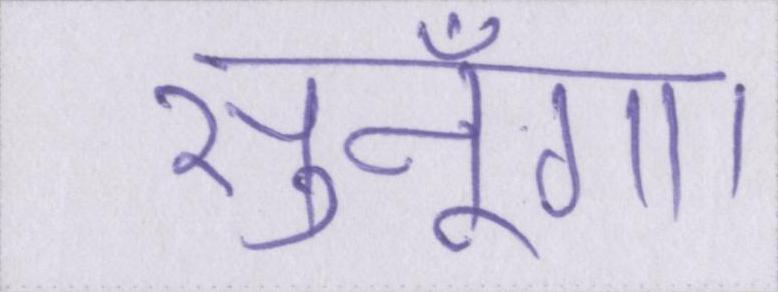
सुनूँगा।